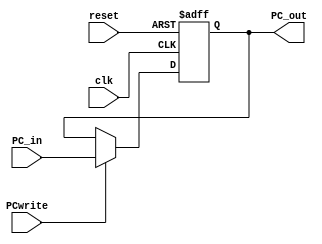
`timescale 1ns/1ns

module PC_IF(clk,reset,PCwrite,PC_in,PC_out);  
input clk,reset,PCwrite;
input [31:0] PC_in;
output reg [31:0] PC_out;

always @(posedge clk or negedge reset)
begin
  if(~reset)
    PC_out<=32'h80000000;
  else
  begin
    if(PCwrite)
      PC_out<=PC_in;
    else
      PC_out<=PC_out;
  end
end

endmodule